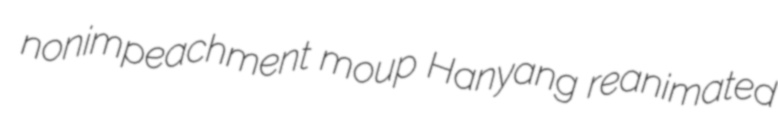
nonimpeachment moup Hanyang reanimated